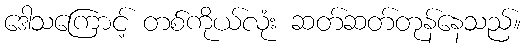
ဒေါသကြောင့် တစ်ကိုယ်လုံး ဆတ်ဆတ်တုန်နေသည်။